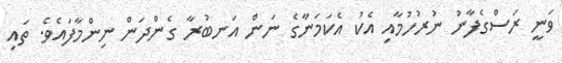
ވަނީ ރަސްގެފާނު ނުރުހުމާއި އެކު އެކަމަނާގެ ނަން އަނބުރާ ގެންދަން ނިންމާފައެވެ. ތައި